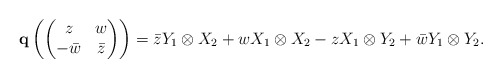
\begin{align*} {\mathbf q}\left( \begin{pmatrix} z & w \\ -\bar{w} & \bar{z} \end{pmatrix} \right) = \bar{z} Y_1\otimes X_2 + w X_1\otimes X_2 - z X_1\otimes Y_2 + \bar{w} Y_1\otimes Y_2. \end{align*}